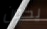
يكون